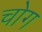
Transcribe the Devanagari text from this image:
चोग